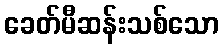
ခေတ်မီဆန်းသစ်သော